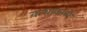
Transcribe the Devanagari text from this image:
कथाकाव्ये